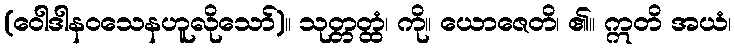
(ဝေါဒါနဝသေနဟူလိုသော်)။ သုတ္တတ္ထံ၊ ကို။ ယောဇေတိ၊ ၏။ ဣတိ အယံ၊